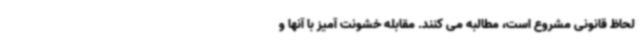
لحاظ قانونی مشروع است، مطالبه می کنند. مقابله خشونت آمیز با آنها و